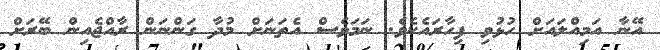
އޭނާ އަމިއްލައަށް ހުޅުވި ފިހާރައެކެވެ. ނަމަވެސް އެތަނަށް މުދާ ގަންނަން ރާއްޖެއިން ބޭރަށް